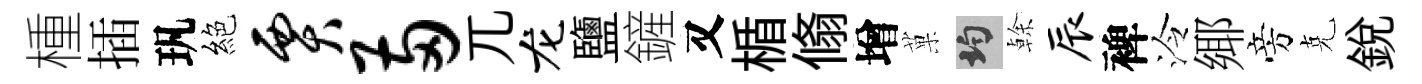
㮔插㺬絕贾两兀龙鹽鏟又楯翛增菓均𠏉辰裨泠鄊旁克銳